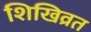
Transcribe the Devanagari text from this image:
शिखिव्रत